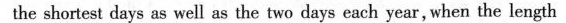
the shortest days as well as the two days each year,when the length